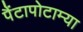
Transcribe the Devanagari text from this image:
पैंटापोटाम्या